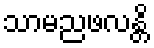
သာမညဖလန္တိ